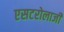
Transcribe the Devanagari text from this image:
एसटरोलाजी